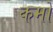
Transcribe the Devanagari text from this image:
कमो